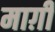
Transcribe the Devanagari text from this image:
माग़ी